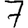
Digit: 7